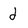
Character: d